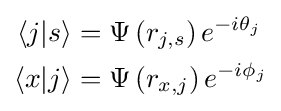
{\begin{aligned}\langle j|s\rangle &=\Psi \left(r_{j,s}\right)e^{-i\theta _{j}}\\\langle x|j\rangle &=\Psi \left(r_{x,j}\right)e^{-i\phi _{j}}\end{aligned}}